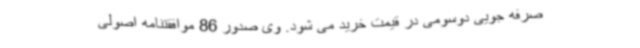
صرفه جویی دوسومی در قیمت خرید می شود. وی صدور 86 موافقتنامه اصولی